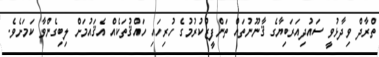
ތްރާދް ވިދާޅުވީ ސައުދިއަރަބިޔާގެ ޤާނޫނުތައް ތަންފީޒުކުރުމުގެ ހުރިހައި ހައްޤުތަކެއް އެޤައުމަށް ލިބިގެންވާ ކަމަށެވެ.